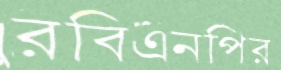
রবিএনপির